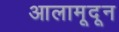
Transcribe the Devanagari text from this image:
आलामूदून